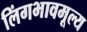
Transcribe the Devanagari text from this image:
लिंगभावमूल्य